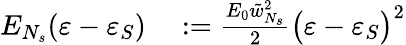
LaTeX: \begin{array}{rl}{E_{N_{s}}(\varepsilon-\varepsilon_{S})}&{{}:=\frac{E_{0}\tilde{w}_{N_{s}}^{2}}{2}\big(\varepsilon-\varepsilon_{S}\big)^{2}}\end{array}